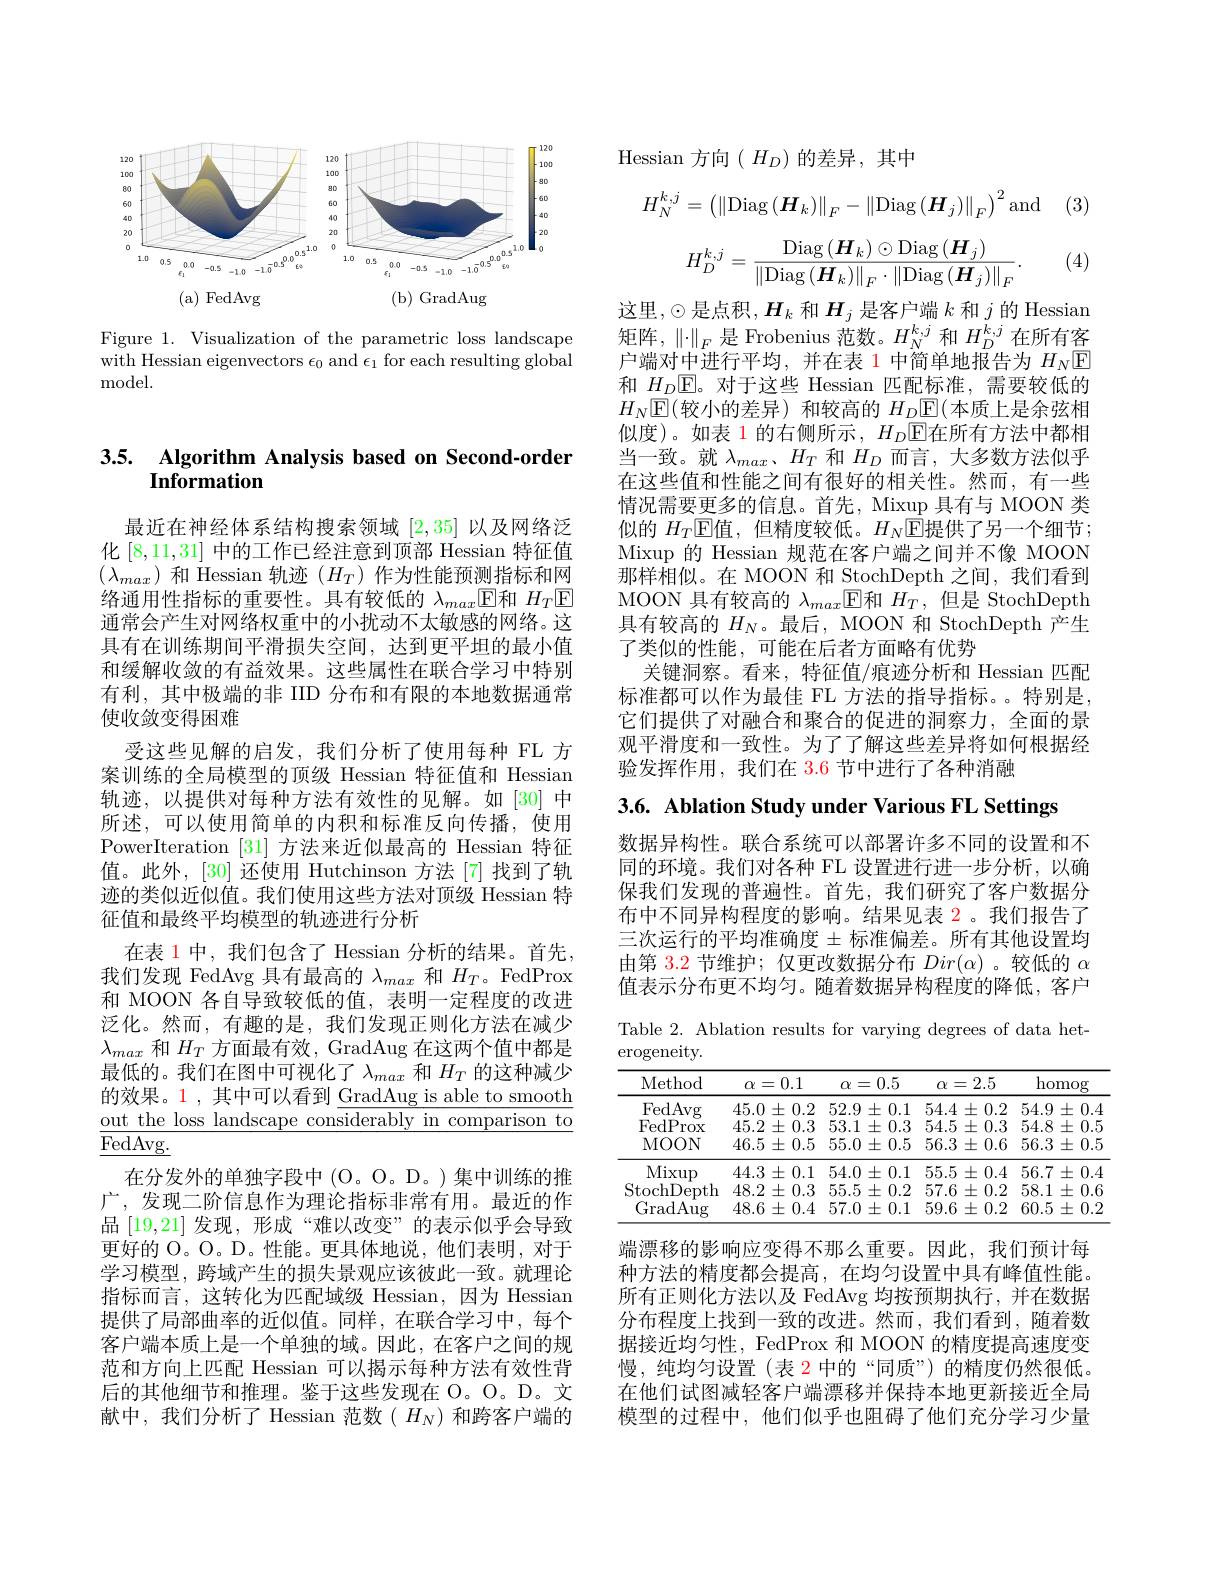
<FigureHere>

Figure 1. Visualization of the parametric loss landscape with Hessian eigenvectors $\epsilon_0$ and $\epsilon_1$ for each resulting global ${\mathrm{model}}.$

## 3.5. Algorithm Analysis based on Second-order Information

最近在神经体系结构搜索领域[2,35]以及网络泛化[8,11,31]中的工作已经注意到顶部 Hessian 特征值$(\lambda_{max})$和 Hessian 轨迹($H_T)$作为性能预测指标和网络通用性指标的重要性。具有较低的$\lambda_{max}$E和$H_T$E 通常会产生对网络权重中的小扰动不太敏感的网络。这具有在训练期间平滑损失空间，达到更平坦的最小值和缓解收敛的有益效果。这些属性在联合学习中特别有利，其中极端的非 IID 分布和有限的本地数据通常使收敛变得困难
受这些见解的启发，我们分析了使用每种 FL 方案训练的全局模型的顶级 Hessian 特征值和 Hessian 轨迹，以提供对每种方法有效性的见解。如[30]中所述，可以使用简单的内积和标准反向传播，使用PowerIteration [31]方法来近似最高的 Hessian 特征值。此外，[30] 还使用 Hutchinson 方法[7] 找到了轨迹的类似近似值。我们使用这些方法对顶级 Hessian 特征值和最终平均模型的轨迹进行分析
在表 1 中，我们包含了 Hessian 分析的结果。首先， 我们发现 FedAvg 具有最高的$\lambda_max$和$H_T$。FedProx 和 MOON 各自导致较低的值，表明一定程度的改进泛化。然而，有趣的是，我们发现正则化方法在减少$\lambda_{max}$和$H_T$方面最有效，GradAug 在这两个值中都是最低的。我们在图中可视化了$\lambda_{max}$和$H_T$的这种减少的效果。1 ,其中可以看到 GradAug is able to smooth $\underline{\text{out the loss landscape considerably in comparison to}}$ $\underline{{\overline{{\mathrm{FedAvg.}}}}}$
在分发外的单独字段中(O。O。D。)集中训练的推广，发现二阶信息作为理论指标非常有用。最近的作品[19,21]发现，形成“难以改变”的表示似乎会导致更好的 O。O。D。性能。更具体地说，他们表明，对于学习模型，跨域产生的损失景观应该彼此一致。就理论指标而言，这转化为匹配域级 Hessian,因为 Hessian 提供了局部曲率的近似值。同样，在联合学习中，每个客户端本质上是一个单独的域。因此，在客户之间的规范和方向上匹配 Hessian 可以揭示每种方法有效性背后的其他细节和推理。鉴于这些发现在 O。O。D。文献中，我们分析了 Hessian 范数( $H_N$)和跨客户端的

Hessian方向$(H_D)$的差异，其中
$$H_N^{k,j}=\left(\left\|\mathrm{Diag}\left(\boldsymbol{H}_k\right)\right\|_F-\left\|\mathrm{Diag}\left(\boldsymbol{H}_j\right)\right\|_F\right)^2\mathrm{and}$$
$$H_D^{k,j}=\frac{\mathrm{Diag}\left(\boldsymbol{H}_k\right)\odot\mathrm{Diag}\left(\boldsymbol{H}_j\right)}{\left\|\mathrm{Diag}\left(\boldsymbol{H}_k\right)\right\|_F\cdot\left\|\mathrm{Diag}\left(\boldsymbol{H}_j\right)\right\|_F}.$$
(4)

这里，$\odot$是点积$,\boldsymbol H_k$ 和$\boldsymbol H_j$ 是客户端 $k$ 和 $j$ 的 Hessian 矩阵，$\left\|\cdot\right\|_F$是 Frobenius 范数。$H_N^{k,j}$和$H_D^{k,j}$在所有客户端对中进行平均，并在表 1 中简单地报告为$H_N$▣ 和$H_D$▣$H_D$▣$\mathbb{E}$。对于这些 Hessian 匹配标准，需要较低的$H_N$E(较小的差异)和较高的 $H_D\underline{\mathbb{E}}($本质上是余弦相似度)。如表 1 的右侧所示$,H_D$E在所有方法中都相当一致。就$\lambda_{max}$、$H_T$和$H_D$而言，大多数方法似乎在这些值和性能之间有很好的相关性。然而，有一些情况需要更多的信息。首先，Mixup 具有与 MOON 类似的 $H_T$▣$\mathbb{E}$值，但精度较低。$H_N$▣$\mathbb{E}$提供了另一个细节； Mixup 的 Hessian 规范在客户端之间并不像 MOON 那样相似。在 MOON 和 StochDepth 之间，我们看到MOON 具有较高的$\lambda_max$▣$H_T$,但是 StochDepth 具有较高的$H_N$。最后，MOON 和 StochDepth 产生了类似的性能，可能在后者方面略有优势
关键洞察。看来，特征值/痕迹分析和 Hessian 匹配标准都可以作为最佳 FL 方法的指导指标。。特别是， 它们提供了对融合和聚合的促进的洞察力，全面的景观平滑度和一致性。为了了解这些差异将如何根据经验发挥作用，我们在 3.6 节中进行了各种消融

3.6. Ablation Study under Various FL Settings

数据异构性。联合系统可以部署许多不同的设置和不同的环境。我们对各种 FL 设置进行进一步分析，以确保我们发现的普遍性。首先，我们研究了客户数据分布中不同异构程度的影响。结果见表 2。我们报告了三次运行的平均准确度$\pm$标准偏差。所有其他设置均由第$\color{red}3.2$节维护；仅更改数据分布$Dir(\alpha)$ 。较低的$\alpha$ 值表示分布更不均匀。随着数据异构程度的降低，客户

Table 2. Ablation results for varying degrees of data het-
erogeneity

<table>
	<tbody>
		<tr>
			<th>Method</th>
			<th>0.1 $\alpha=$</th>
			<th>0.5 $\alpha=$</th>
			<th>2.5 $\alpha=$</th>
			<th>homog</th>
		</tr>
		<tr>
			<td>FedAvg</td>
			<td>45.0 士 0.2 . 一</td>
			<td>52.9 士 0.1 1</td>
			<td>54.4 + =0.2 $f(x)=\frac{1}{2}$ -1 1</td>
			<td>$54.9\pm$ 0 1 1 1</td>
		</tr>
		<tr>
			<td>FedP rox</td>
			<td>45.2 $2\pm$ 0.3 ,</td>
			<td>53.1 士 0.3</td>
			<td>54.5 士 0.3 1 =1</td>
			<td>54.8 $3\pm$ 0.5</td>
		</tr>
		<tr>
			<td>MOON</td>
			<td>$46.5\pm0.5$</td>
			<td>$55.0\pm0.5$</td>
			<td>$56.3\pm0.6$</td>
			<td>$56.3\pm0.5$</td>
		</tr>
		<tr>
			<td>Mixup</td>
			<td>$44.3\pm0.1$</td>
			<td>$54.0\pm0.1$</td>
			<td>$55.5\pm0.4$</td>
			<td>$56.7\pm0.4$</td>
		</tr>
		<tr>
			<td>StochDe )epth</td>
			<td>48.2 士( 0.3 </td>
			<td>$55.5\pm0.2$</td>
			<td>$57.6\pm0.2$</td>
			<td>$58.1\pm0.6$ 1 1 1</td>
		</tr>
		<tr>
			<td>GradAug</td>
			<td>$48.6\pm0.4$</td>
			<td>$57.0\pm0.1$</td>
			<td>$59.6\pm0.2$</td>
			<td>$60.5\pm0$ 0.2</td>
		</tr>
	</tbody>
</table>

端漂移的影响应变得不那么重要。因此，我们预计每种方法的精度都会提高，在均匀设置中具有峰值性能。所有正则化方法以及 FedAvg 均按预期执行，并在数据分布程度上找到一致的改进。然而，我们看到，随着数据接近均匀性，FedProx 和 MOON 的精度提高速度变慢，纯均匀设置(表 2 中的“同质”)的精度仍然很低。在他们试图减轻客户端漂移并保持本地更新接近全局模型的过程中，他们似乎也阻碍了他们充分学习少量